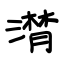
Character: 潸